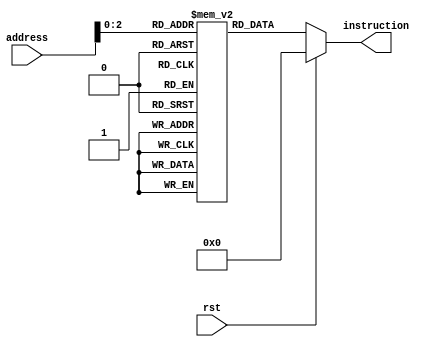
`timescale 1ns / 1ps

module Instruction_memory( input rst,input [31:0]address, output reg [31:0] instruction); 	
	reg [31:0] memory [7:0]; 

	initial begin
		//memory [0] = 32'b000001_00001_00000_00010_00000_000000;
		//memory [1] = 32'b100011_00000_00011_00000_00000_000001; //add $1, $2, $3
		//memory [2] = 32'b001100_00000_00000_00000_00000_000101;
		//memory [3] = 32'b000001_00001_00011_01011_00000_000000;
		//memory [4] = 32'b100011_00000_00001_00000_00000_000001; //add $1, $2, $3
		//memory [5] = 32'b111010_00000_00001_00111_00000_000000;
		//memory [6] = 32'b000001_00000_00000_01000_00000_000010;
		
		memory[0] = 32'b000001_00010_00011_00001_00000_000000; // add $1, $2, $3
		memory[1] = 32'b100011_00001_00100_00000_00000_000010; // lw $4, 0($1)
		memory[2] = 32'b000100_00001_00100_00000_00000_000101; // beq $1, $4, offset 2 (branch if equal)
		memory[3] = 32'b111000_00001_00010_00101_00000_101010; // slt $5, $1, $2
		memory[4] = 32'b111010_00000_00010_00110_00010_000000; // sll $6, $2, 2
		memory[5] = 32'b101000_00001_00111_00000_00000_000010; // addi $7, $1, 2
		memory[6] = 32'b101011_00001_00111_00000_00000_000001; // sw $7, 4($1)
		memory[7] = 32'b000001_00010_00011_01000_00000_000000; // add $8, $2, $3
		
	end
 

	always@(*)begin
		if(rst)begin
			instruction=0;
		end
		else
			instruction = memory [address];
	end


endmodule